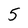
Character: 5